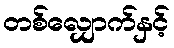
တစ်လျှောက်နှင့်